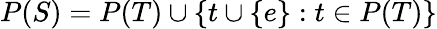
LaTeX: P(S)=P(T)\cup\{ t\cup\{ e\} :t\in P(T)\}